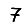
Digit: 7